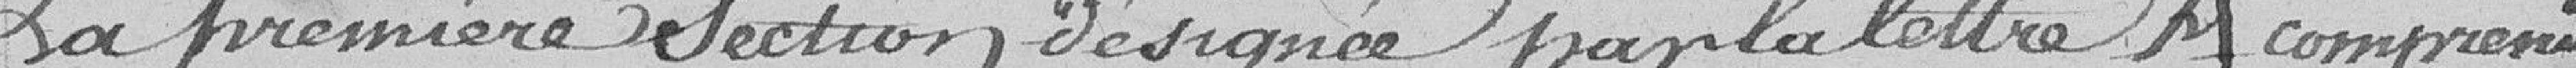
La première section, désignée par la lettre A comprend